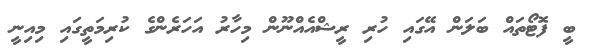
ބީ ފޮޓޯތައް ބަލަން އޭގައި ހުރި ރީޝްއެއްނޫން މިހާރު އަހަރެންގެ ކުރިމަތީގައި މިއިނީ